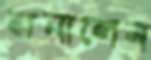
জনালেন